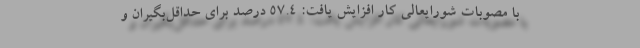
با مصوبات شورایعالی کار افزایش یافت: ۵۷.۴ درصد برای حداقل‌بگیران و